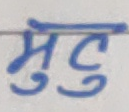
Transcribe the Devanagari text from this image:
मुटु